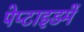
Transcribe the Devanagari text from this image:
पेप्टाइडमें